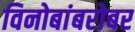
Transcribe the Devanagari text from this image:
विनोबांबरोबर